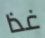
غذا